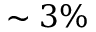
\sim 3 \%